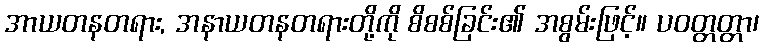
အာယတနတရား, အနာယတနတရားတို့ကို စိစစ်ခြင်း၏ အစွမ်းဖြင့်။ ပဝတ္တတ္တာ၊